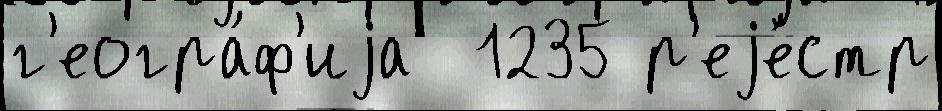
г'еогра́ф'иjа  1235 р'еjе́стр